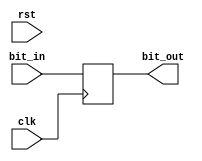
/*
    Assignment   :  4
    Problem      :  1
    Semester     :  Autumn 2020
    Group        :  G9
    Members      :  Akshat Shukla(18CS10002)
                    Animesh Barua(18CS10003)
*/
module twos_complement(bit_in, bit_out, clk, rst);

    input bit_in;
    output reg bit_out;
    input clk, rst;

    reg state;      //state to keep track ifwe encountered a one till now

    always @(rst) begin
        state = 0;
    end

    always @(posedge(clk)) begin
        if(state == 1'b0) begin //if state is 0 we return the same bit
            bit_out = bit_in;
            if(bit_in)          //update state on encountering 1
                state = 1'b1;
        end
        else begin              // is state is 1 we return the negated bit
            bit_out = !bit_in;
        end
    end

endmodule